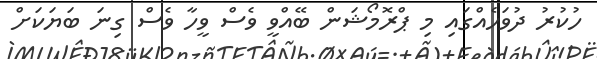
ހުކުރު ދުވަހެއްގައި މި ޕްރޮމޯޝަން ބޭއްވީ ވެސް ވީހާ ވެސް ގިނަ ބަޔަކަށް